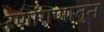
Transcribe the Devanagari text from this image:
रणांगणातुन